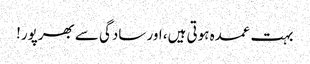
بہت عمدہ ہوتی ہیں، اور سادگی سے بھرپور!